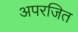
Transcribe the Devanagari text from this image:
अपरजित